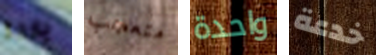
ياردة متعجب واحدة خدعة